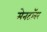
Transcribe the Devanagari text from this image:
मेनटॉवर